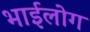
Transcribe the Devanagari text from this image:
भाईलोग